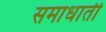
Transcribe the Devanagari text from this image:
समाधाती